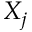
X _ { j }